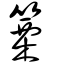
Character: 篥